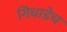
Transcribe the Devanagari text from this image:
गिधाडेच